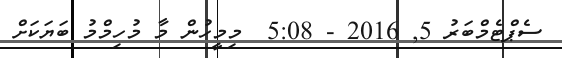
ސެޕްޓެމްބަރު 5